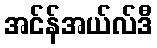
အင်န်အယ်လ်ဒီ